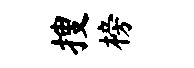
搜榜